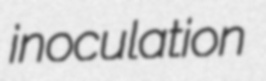
inoculation